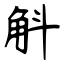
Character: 斛